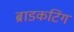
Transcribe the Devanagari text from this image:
ब्राडकटिंग